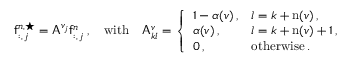
\mathsf { f } _ { : , \, j } ^ { n , \star } = \mathsf { A } ^ { v _ { j } } \mathsf { f } _ { : , \, j } ^ { n } \, , \quad \mathrm { w i t h } \quad \mathsf { A } _ { k l } ^ { v } = \left\{ \begin{array} { l l } { 1 - \alpha ( v ) \, , } & { l = k + \mathrm { n } ( v ) \, , } \\ { \alpha ( v ) \, , } & { l = k + \mathrm { n } ( v ) + 1 \, , } \\ { 0 \, , } & { \mathrm { o t h e r w i s e } \, . } \end{array} \right.